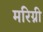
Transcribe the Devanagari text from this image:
मरिग्नी